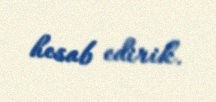
hesab edirik.